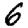
Digit: 6